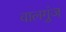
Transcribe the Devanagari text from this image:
वालगुंज